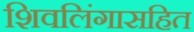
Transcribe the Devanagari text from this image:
शिवलिंगासहित